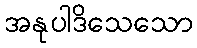
အနုပါဒိသေသော